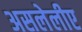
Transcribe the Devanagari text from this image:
असलेलीए